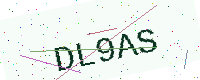
Text: DL9AS